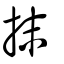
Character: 抹